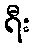
ရီး